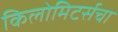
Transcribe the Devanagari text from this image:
किलोमिटर्सचा